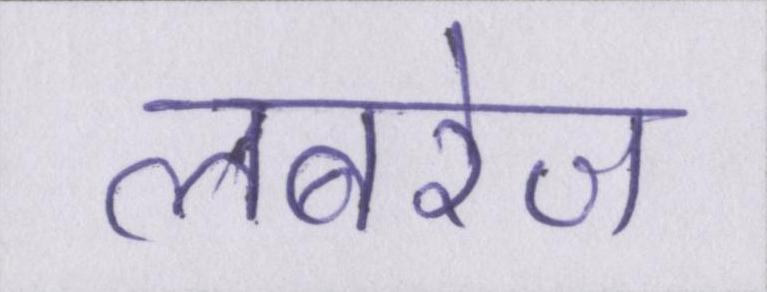
लबरेज